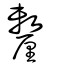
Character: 𨤲